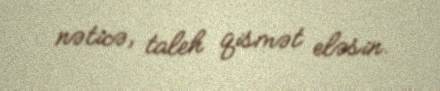
nəticə, taleh qismət eləsin.